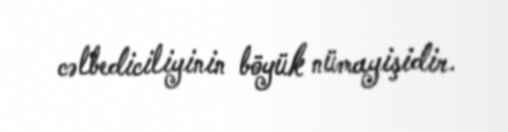
cəlbediciliyinin böyük nümayişidir.